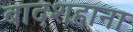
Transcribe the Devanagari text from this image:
बादशहाना